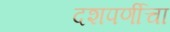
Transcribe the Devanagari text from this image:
दशपर्णीचा